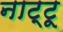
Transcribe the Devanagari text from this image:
नाट्टू